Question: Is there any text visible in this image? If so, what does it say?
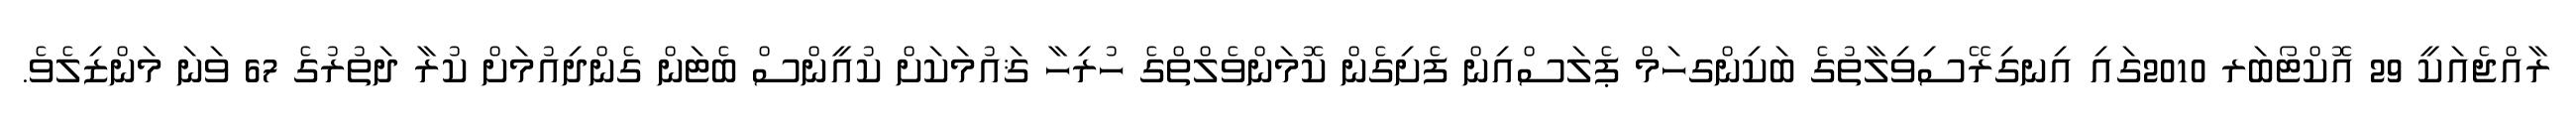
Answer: ރާއްޖެއަކީ 29 އޮކްޓޯބަރ 2010ގައި އިނގިރޭސިވިލާތުގެ ބަކިންގހަމް ޕެލަސްއިން ފެށިގެން ކޮމަންވެލްތްގެ ހުރިހާ ޤައުމަކަށް ކުއީންސް ބެޓަން ގެންދިއުމަށް ކުރާ ދަތުރުގެ 67 ވަނަ މަންޒިލެވެ.